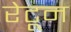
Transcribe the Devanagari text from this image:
रेटून